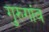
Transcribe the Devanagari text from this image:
गुरुगांव